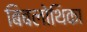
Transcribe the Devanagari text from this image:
बिबलोथिका